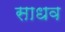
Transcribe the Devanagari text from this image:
साधव